Vaccination United Provinces of Agra and Oudh 1902-1913 - 1902-1913
Year: 1902
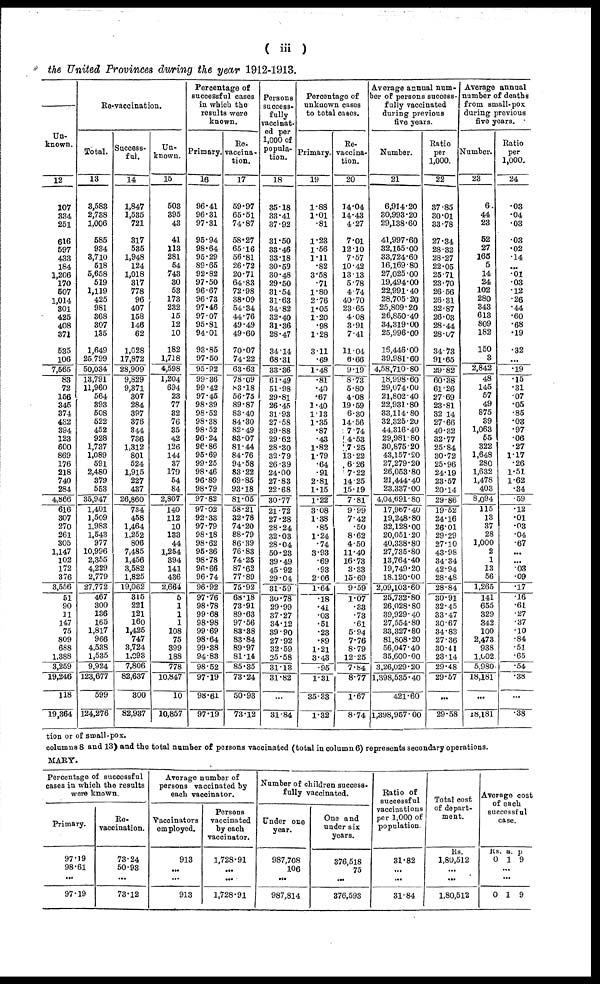
( iii)
the United Provinces during the year 1912-1913.
Un-
known.
12
107
334
251
616
597
433
184
1,206
170
507
1,014
301
425
408
371
535
106
7,565
83
72
156
345
374
432
394
123
600
869
176
218
740
284
4,866
616
307
270
261
305
1,147
102
172
376
3,556
51
90
11
147
75
809
688
1,388
3,259
19,246
118
19,364
Re-vaccination.
Total.
13
3,583
2,738
1,006
585
934
3,710
518
5,658
519
1,119
425
981
368
307
135
1,649
25,799
50,034
13,791
11,960
564
393
508
522
452
928
1,737
1,089
591
2,480
379
553
35,947
1,401
1,509
1,983
1,543
977
10,996
2,355
4,229
2,779
27,772
467
300
136
165
1,817
966
4,538
1,535
9,924
123,677
599
124,276
Success-
ful.
14
1,847
1,535
721
317
585
1,948
124
1,018
317
778
96
407
158
146
62
1,028
17,872
28,909
9,829
9,371
307
284
397
376
344
736
1,312
801
524
1,915
227
437
26,860
734
458
1,464
1,252
806
7,485
1,456
3,582
1,825
19,062
315
221
121
160
1,425
747
3,724
1,093
7,806
82,637
300
82,937
Un-
known.
15
503
395
43
41
113
281
54
743
30
53
173
232
15
12
10
182
1,718
4,598
1,204
694
23
77
32
76
35
42
126
144
37
179
54
84
2,807
140
112
10
133
44
1,254
394
141
436
2,664
5
1
1
1
108
75
399
188
778
10,847
10
10,857
Percentage of
successful cases
in which the
results were
known.
Primary.
16
96.41
96.31
97.31
95.94
98.64
95.29
89.65
92.82
97.50
96.67
96.73
97.46
97.07
95.81
94.01
93.85
97.50
95.92
99.36
99.42
97.45
98.39
98.52
98.38
98.52
96.24
96.86
95.69
99.25
98.46
96.89
98.79
97.82
97.02
92.33
97.79
98.18
98.62
95.36
98.78
96.66
96.74
96.92
97.76
98.78
99.68
98.98
99.69
98.64
99.38
94.88
98.52
97.19
98.61
97.19
Re¬
vaccina-
tion.
17
59.97
65.51
74.87
58.27
65.16
56.81
26.72
20.71
64.83
72.98
38.09
54.34
44.76
49.49
49.60
70.07
74.22
63.63
78.09
83.18
56.75
89.87
83.40
84.30
82.49
83.07
81.44
84.76
94.58
83.22
69.85
93.18
81.05
58.21
32.78
74.20
88.79
86.39
76.83
74.25
87.62
77.89
75.92
68.18
73.91
89.63
97.56
83.38
83.84
89.97
81.14
85.35
73.24
50.93
73.12
Persons
success¬
fully
vaccinat-
ed per
1,000 of
popula-
tion.
18
35.18
33.41
37.92
31.50
33.46
33.18
30.59
30.48
29.50
31.54
31.63
34.82
32.40
31.36
28.47
34.14
68.31
33.36
61.49
51.98
29.81
26.45
31.93
27.58
39.88
29.62
28.30
32.79
26.39
24.00
27.83
22.68
30.77
21.72
27.28
28.24
32.03
28.04
50.23
39.49
45.92
29.04
31.59
30.78
29.99
37.27
34.12
39.90
27.92
32.59
25.58
31.13
31.82
...
31.84
Percentage of
unknown cases
to total cases.
Primary.
19
1.88
1.01
.81
1.23
1.56
1.11
.82
3.58
.71
1.80
2.76
1.05
1.20
.98
1.28
3.11
.69
1.48
.81
.40
.67
1.40
1.13
1.35
.87
.43
1.82
1.79
.64
.91
2.81
1.15
1.22
3.08
1.38
.85
1.24
.74
3.93
.69
.93
2.06
1.64
.18
.41
.03
.51
.23
.89
1.21
3.43
.95
1.31
35.33
1.32
Re¬
vaccina-
tion.
20
14.04
14.43
4.27
7.01
12.10
7.57
10.42
13.13
5.78
4.74
40.70
23.65
4.08
3.91
7.41
11.04
6.66
9.19
8.73
5.80
4.08
19.59
6.30
14.56
7.74
4.53
7.25
13.22
6.26
7.22
14.25
15.19
7.81
9.99
7.42
.50
8.62
4.50
11.40
16.73
3.33
15.69
9.59
1.07
.33
.73
.61
5.94
7.76
8.79
12.25
7.84
8.77
1.67
8.74
Average annual num-
ber of persons success-
fully vaccinated
during previous
five years.
Number.
21
6,914.20
30,993.20
29,138.60
41,997.60
32,155.00
33,724.60
16,169.80
27,025.00
19,494.00
22,991.40
28,705.20
25,809.20
26,850.40
34,319.00
25,996.00
16,446.00
39,981.60
4,58,710.80
18,998.60
29,074.00
21,802.40
22,931.80
33,114.80
32,325.20
44,316.40
29,981.80
30,875.20
43,157.20
27,279.20
26,053.80
21,444.40
23,337.00
4,04,691.80
17,967.40
19,248.80
32,128.00
20,051.20
40,338.80
27,735.80
13,764.40
19,749.20
18,120.00
2,09,103.60
25,732.80
26,028.80
39,929.40
27,554.80
33,327.80
81,808.20
56,047.40
35,600.00
3,26,029.20
1,398,535.40
421.60
1,398,957.00
Ratio
per
1,000.
22
37.85
30.01
33.78
27.34
28.32
28.27
22.05
25.71
23.70
26.56
26.31
32.87
26.03
28.44
28.07
34.73
91.65
29.82
60.38
61.26
27.69
23.81
32.14
27.66
40.32
32.77
25.84
30.72
25.96
24.19
23.57
20.14
29.86
19.52
24.16
26.01
29.29
27.10
43.98
34.34
42.94
28.48
28.84
30.91
32.45
33.47
30.67
34.83
27.36
30.41
23.14
29.48
29.57
...
29.58
Average annual
number of deaths
from small-pox
during previous
five years.
Number.
23
6
44
23
52
27
166
5
14
24
102
280
343
613
809
182
150
3
2,842
48
145
57
49
875
39
1,063
55
322
1,648
280
1,632
1,478
403
8,094
115
13
37
28
1,000
2
1
13
56
1,265
141
655
329
342
100
2,473
938
1,002
5,980
18,181
...
18,181
Ratio
per
1,000.
24
.03
.04
.03
.03
.02
.14
...
.01
.03
.12
.26
.44
.60
.68
.19
.32
...
.19
.15
.31
.07
.05
.85
.03
.97
.06
.27
1.17
.26
1.51
1.62
.34
.59
.12
.01
.03
.04
.67
...
...
.03
.09
.17
.16
.61
.27
.37
.10
.84
.51
.65
.54
.38
...
.38
tion or of small-pox.
columns 8 and 13) and the total number of persons vaccinated (total in column 6) represents secondary operations.
MARY.
Percentage of successful
cases in which the results
were known.
Primary.
97.19
98.61
...
97.19
Re¬
vaccination.
73.24
50.93
...
73.12
Average number of
persons vaccinated by
each vaccinator.
Vaccinators
employed.
913
...
...
913
Persons
vaccinated
by each
vaccinator.
1,728.91
...
...
1,728.91
Number of children success-
fully vaccinated.
Under one
year.
987,708
106
...
987,814
One and
under six
years.
376,518
75
...
376,593
Ratio of
successful
vaccinations
per 1,000 of
population.
31.82
...
...
31.84
Total cost
of depart-
ment.
Rs.
1,80,512
...
...
1,80,512
Average cost
of each
successful
case.
Rs
0
. a.
1
p.
9
...
...
0 1 9